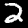
Label: 2